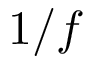
1 / f